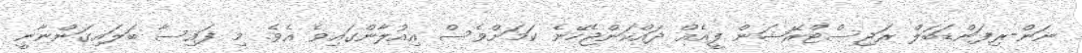
ނަން-ރިފަންޑަބަލް ރަޖިސްޓްރޭޝަން ފީއެއް ދައްކަންޖެހޭނެ ކަމަށްވެސް އިއުލާންގައިވެ އެވެ. މި ފައިސާ ބަލައިގަންނާނީ